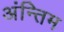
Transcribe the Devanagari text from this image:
अंन्‍तिम